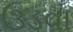
ઉડવા